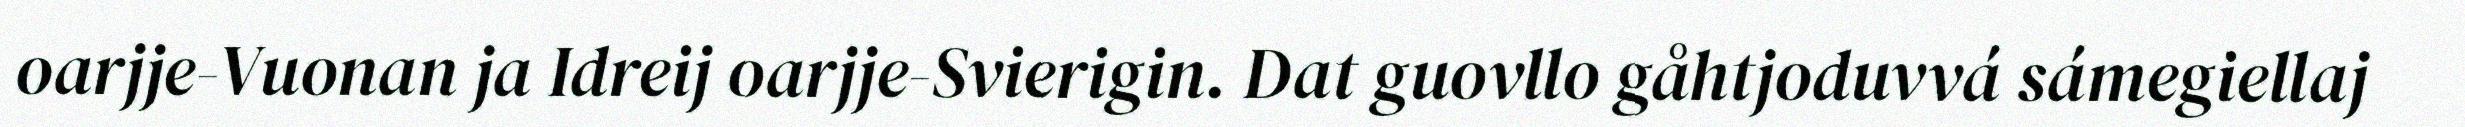
oarjje-Vuonan ja Idreij oarjje-Svierigin. Dat guovllo gåhtjoduvvá sámegiellaj